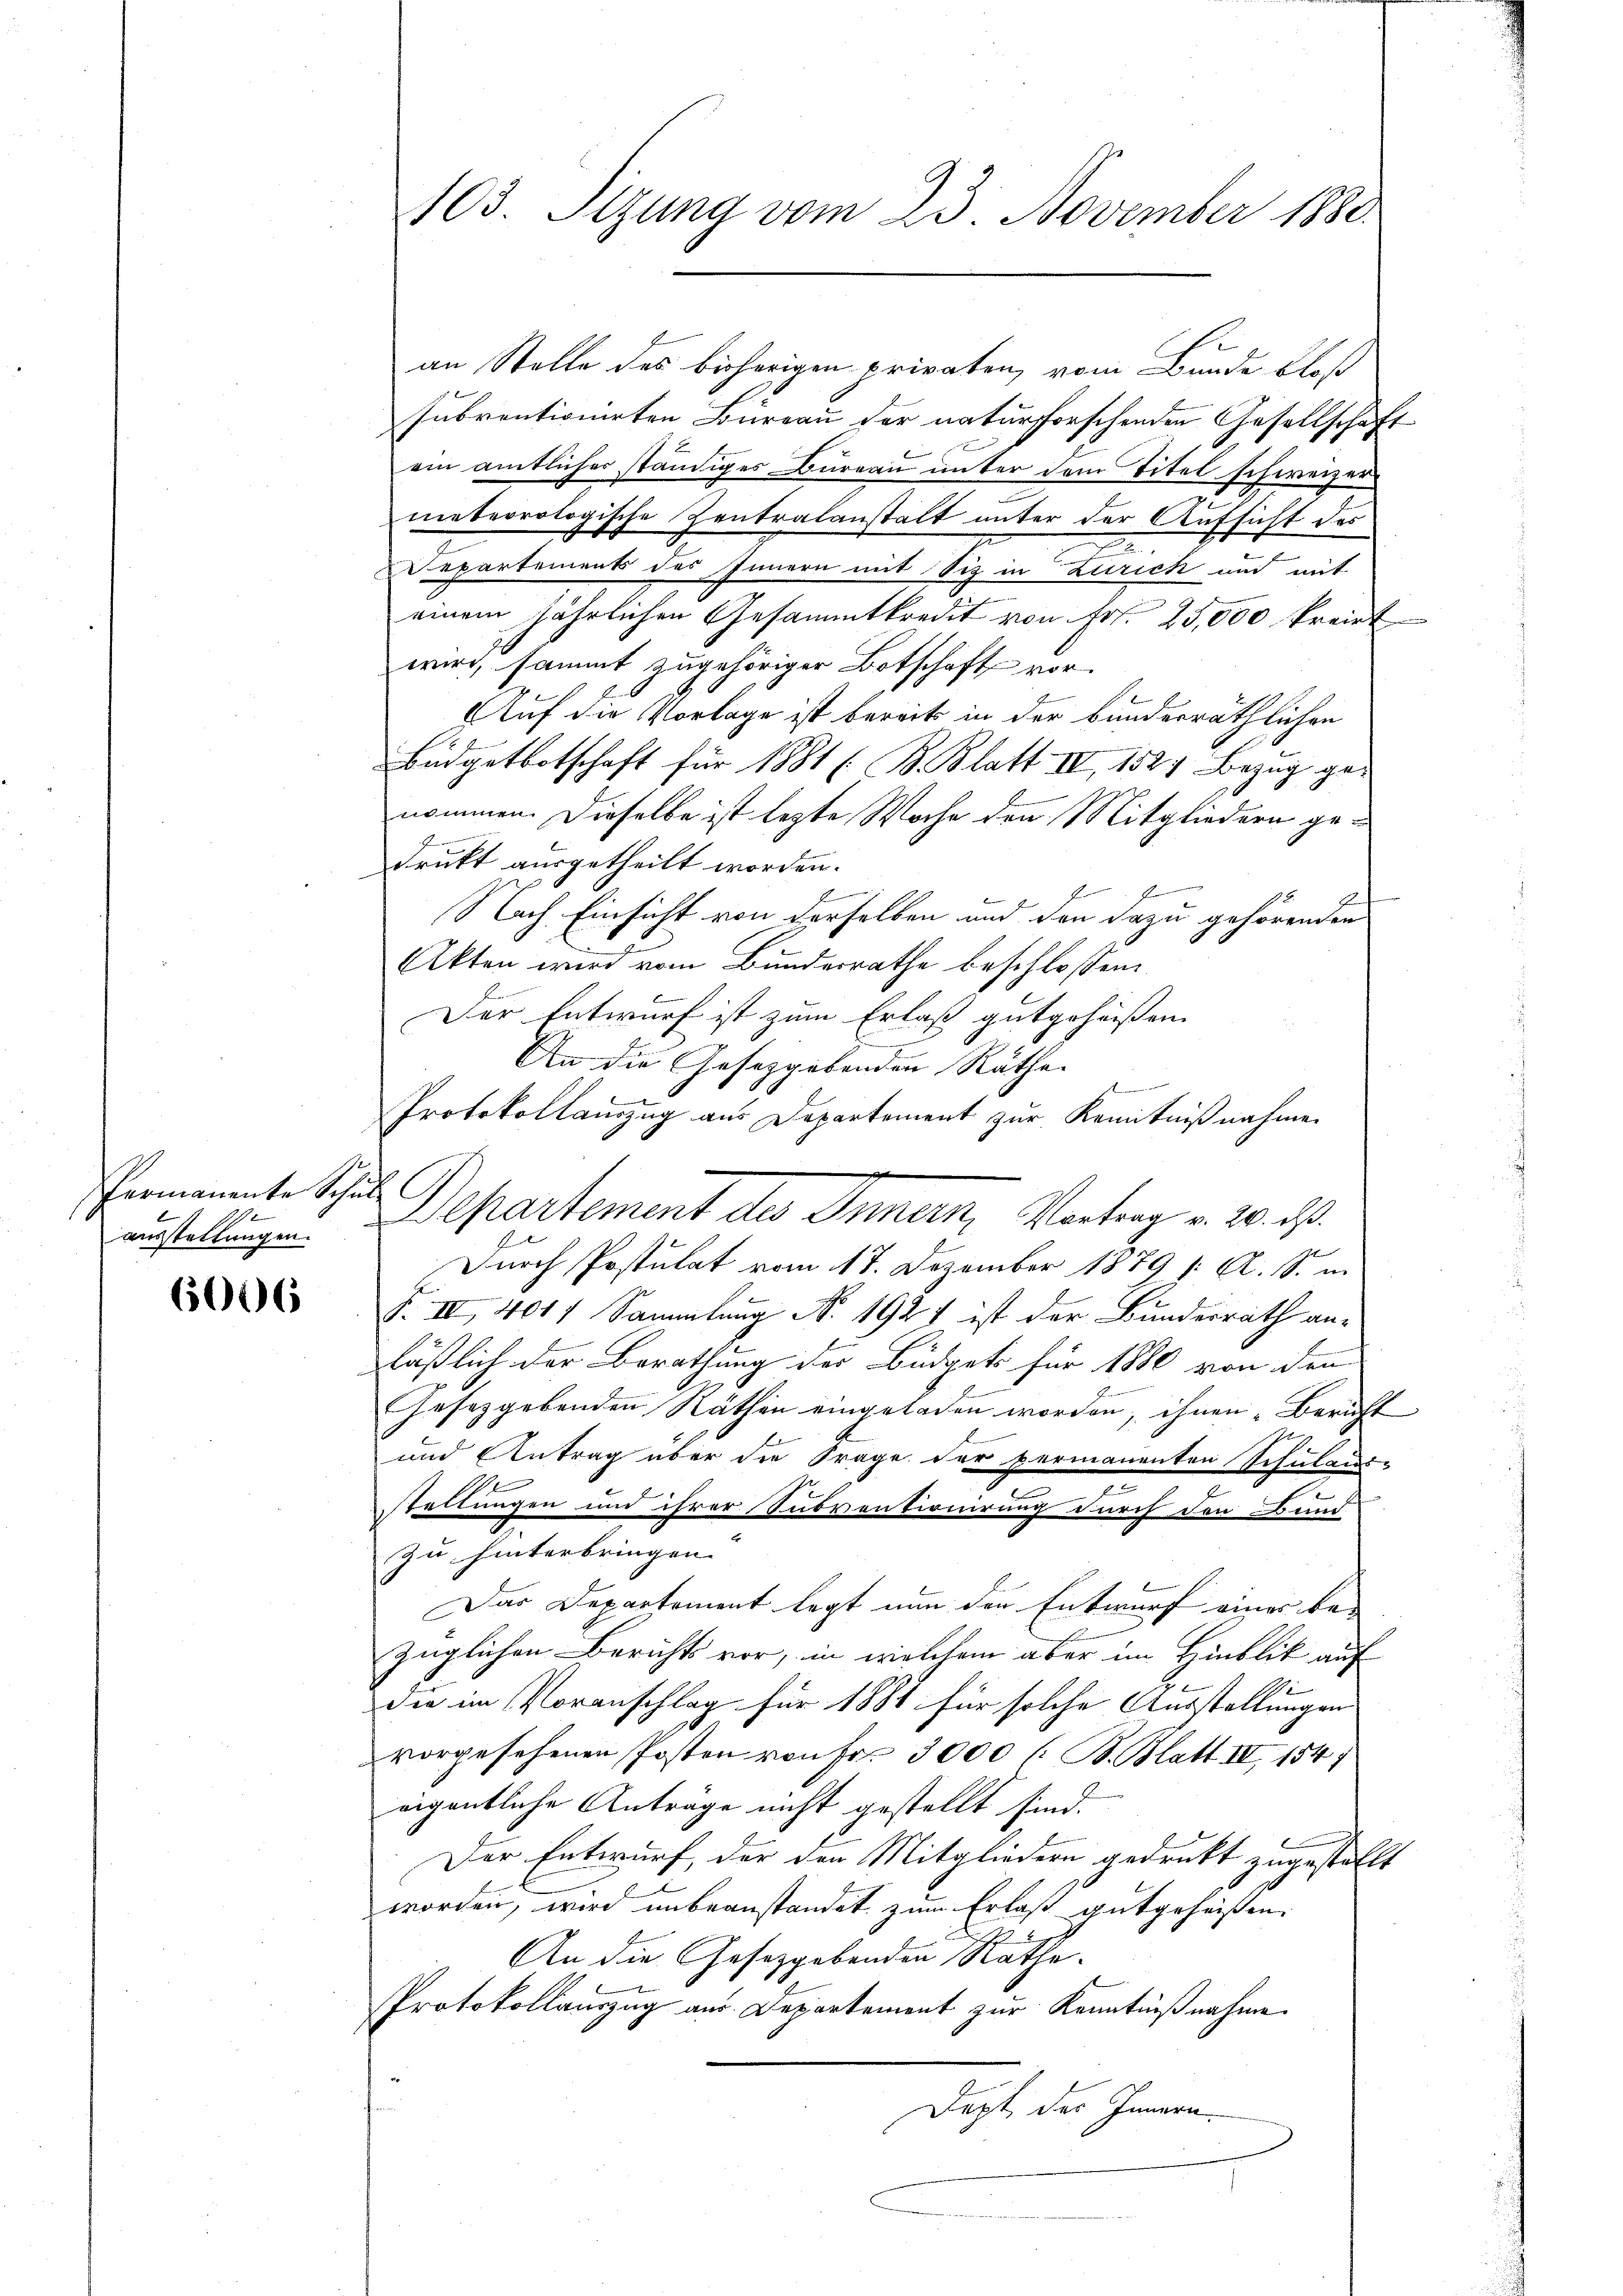
Permanente Schul
1
ausstellungen.

6006

103. Sitzung vom 23. November 1880.

an Stelle des bisherigen privaten, vom Bunde bloß
subventionirten Büreau der naturforschenden Gesellschaft
ein amtlicher ständiges Bureau unter dem Titel schweizer
meberrologische Zentralanstalt unter der Aufsicht des
2
Departements des Innern mit Siz in Zürich und mit
einem jährlichen Gesammtkredit von Fr. 25,000 kreist
wird, sammt zugehöriger Botschaft vor¬
Auf die Vorlage ist bereits in der bunderräthlichen
Büdgetbotschaft für 1881 (B. Blatt IV, 1524 Bezug genommen. Dieselbe ist lezte Woche den Mitgliedern ge¬
7
drukt ausgetheilt worden.
F
2
E
Nach Einsicht von derselben und den dazu gehörenden
Akten wird vom Bundesrathe beschlossen:
Der Entwurf ist zum Erlaß gutgeheissen.
An die Gesetzgebenden Räthe |

4
Protokollauszug aus Departement zur Kenntnißnahme
Departement der Innern, Vortrag v. 20. d.
6
Durch Postulat vom 17. Dezember 1879 /: A. S. in
F. IV, 401 f Sammlung N. 1921 ist der Bundesrath an-
läßlich der Berathung des Büdgets für 1880 von den
Gesetzgebenden Räthen eingeladen worden, ihnen Bericht
und Antrag über die Frage der permanenten Schulaus-
n
2
stellungen und ihrer Subventionirung durch den Bund
zu hinterbringen. |
Das Departement legt nun den Entwurf einer be-
züglichen Berichts vor, in welchem aber im Hinblik auf
die im Voranschlag für 1884 für solche Ausstellungen
vorgesehenen Posten von Fr. 3000 l. B. Blatt IV 154 f
eigentliche Anträge nicht gestellt sind.
Der Entwurf, der den Mitgliedern gedruckt zugestellt
worden, wird unbeanstandet zum Erlaß gutgeheißen.
An die Gesetzgebenden Rathe.
Protokollauszug aus Departement zur Kenntnißnahme
Dept des Innern.
.